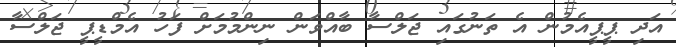
އަދި ޕީޕީއެމުން އެ ތަނުގައި ޖަލްސާ ބާއްވަން ނިންމުމަށް ފަހު އެމްޑީޕީ ޖަލްސާ